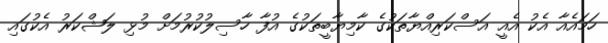
ހަމައެއާ އެކު އެއީ އަސްކަރިއްޔާތަކުގެ ކާމިޔާބީތަކުގެ އުފާ ހާސިލުކުރުމަށް މުޅި ލަޝްކަރު އެކުގައި